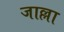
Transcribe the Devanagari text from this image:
जाल्ला